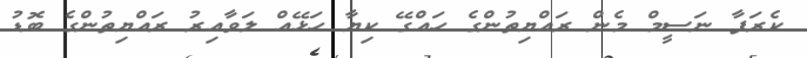
ކެރަފާ ނަސީމް މެން ރައްޔިތުންގެ ހައްގޭ ކިޔާ ހަޅޭއް ލަވާއިރު ރައްޔިތުންގެ ބޮޑު